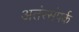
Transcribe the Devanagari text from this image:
अतंरसंपर्क